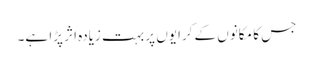
جس کا مکانوں کے کرایوں پر بہت زیادہ اثر پڑا ہے۔